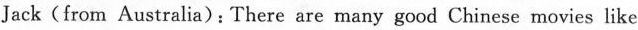
Jack(from Australia): There are many good Chinese movies like